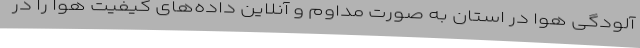
آلودگی هوا در استان به صورت مداوم و آنلاین داده‌های کیفیت هوا را در